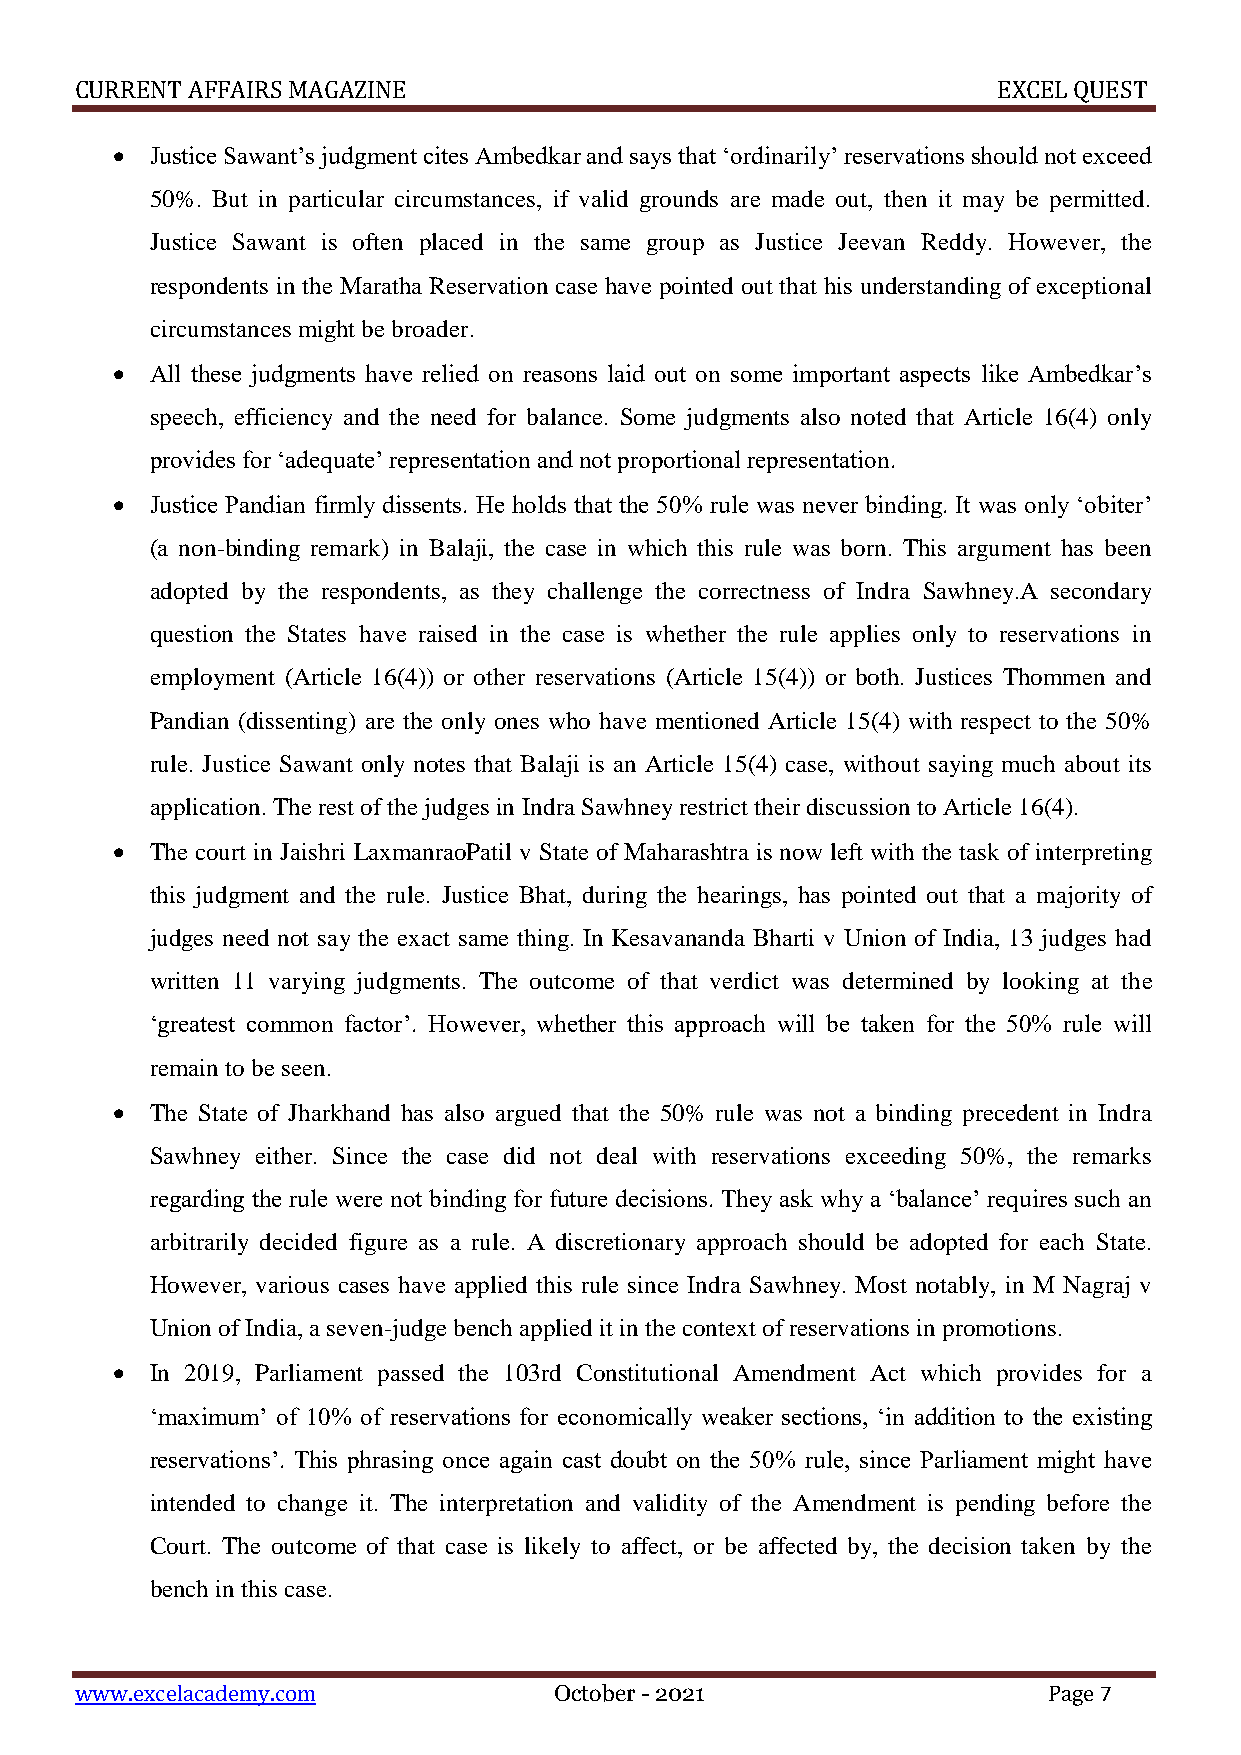
CURRENT AFFAIRS MAGAZINE                                     EXCEL QUEST
   Justice Sawant’s judgment cites Ambedkar and says that ‘ordinarily’ reservations should not exceed
 50%. But in particular circumstances, if valid grounds are made out, then it may be permitted.
 Justice Sawant is often placed in the same group as Justice Jeevan Reddy. However, the
 respondents in the Maratha Reservation case have pointed out that his understanding of exceptional
 circumstances might be broader.
   All these judgments have relied on reasons laid out on some important aspects like Ambedkar’s
 speech, efficiency and the need for balance. Some judgments also noted that Article 16(4) only
 provides for ‘adequate’ representation and not proportional representation.
   Justice Pandian firmly dissents. He holds that the 50% rule was never binding. It was only ‘obiter’
 (a non-binding remark) in Balaji, the case in which this rule was born. This argument has been
 adopted by the respondents, as they challenge the correctness of Indra Sawhney.A secondary
 question the States have raised in the case is whether the rule applies only to reservations in
 employment (Article 16(4)) or other reservations (Article 15(4)) or both. Justices Thommen and
 Pandian (dissenting) are the only ones who have mentioned Article 15(4) with respect to the 50%
 rule. Justice Sawant only notes that Balaji is an Article 15(4) case, without saying much about its
 application. The rest of the judges in Indra Sawhney restrict their discussion to Article 16(4).
   The court in Jaishri LaxmanraoPatil v State of Maharashtra is now left with the task of interpreting
 this judgment and the rule. Justice Bhat, during the hearings, has pointed out that a majority of
 judges need not say the exact same thing. In Kesavananda Bharti v Union of India, 13 judges had
 written 11 varying judgments. The outcome of that verdict was determined by looking at the
 ‘greatest common factor’. However, whether this approach will be taken for the 50% rule will
 remain to be seen.
   The State of Jharkhand has also argued that the 50% rule was not a binding precedent in Indra
 Sawhney either. Since the case did not deal with reservations exceeding 50%, the remarks
 regarding the rule were not binding for future decisions. They ask why a ‘balance’ requires such an
 arbitrarily decided figure as a rule. A discretionary approach should be adopted for each State.
 However, various cases have applied this rule since Indra Sawhney. Most notably, in M Nagraj v
 Union of India, a seven-judge bench applied it in the context of reservations in promotions.
   In 2019, Parliament passed the 103rd Constitutional Amendment Act which provides for a
 ‘maximum’ of 10% of reservations for economically weaker sections, ‘in addition to the existing
 reservations’. This phrasing once again cast doubt on the 50% rule, since Parliament might have
 intended to change it. The interpretation and validity of the Amendment is pending before the
 Court. The outcome of that case is likely to affect, or be affected by, the decision taken by the
 bench in this case.
 www.excelacademy.com            October - 2021                  Page 7